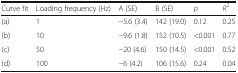
<table><thead><tr><td><b>Curve fit</b></td><td><b>Loading frequency (Hz)</b></td><td><b>A (SE)</b></td><td><b>B (SE)</b></td><td><b><i>p</i></b></td><td><b><i>R</i><sup>2</sup></b></td></tr></thead><tbody><tr><td>(a)</td><td>1</td><td>−5.6 (3.4)</td><td>142 (19.0)</td><td>0.12</td><td>0.25</td></tr><tr><td>(b)</td><td>10</td><td>−9.6 (1.8)</td><td>152 (10.5)</td><td>&lt;0.001</td><td>0.77</td></tr><tr><td>(c)</td><td>50</td><td>−20 (4.6)</td><td>150 (14.5)</td><td>&lt;0.001</td><td>0.52</td></tr><tr><td>(d)</td><td>100</td><td>−6 (4.2)</td><td>106 (15.6)</td><td>0.24</td><td>0.04</td></tr></tbody></table>